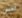
الخلق